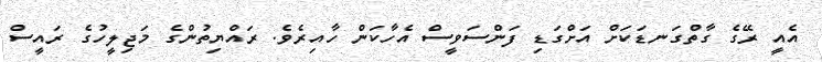
އެއީ ރޭގެ ގާތްގަނޑަކަށް އަށްގަޑި ފަންސަވީސް އެހާކަން ހާއިރެވެ. ރައްޔިތުންގެ މަޖިލީހުގެ ރައީސް